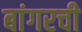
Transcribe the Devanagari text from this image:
बांगरची